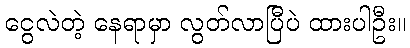
ငွေလဲတဲ့ နေရာမှာ လွတ်လာပြီပဲ ထားပါဦး။